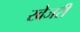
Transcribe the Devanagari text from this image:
खेजरी